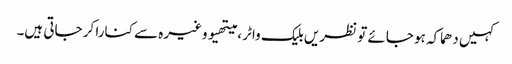
کہیں دھماکہ ہو جائے تو نظریں بلیک واٹر ، میتھیو وغیرہ سے کنارا کر جاتی ہیں۔